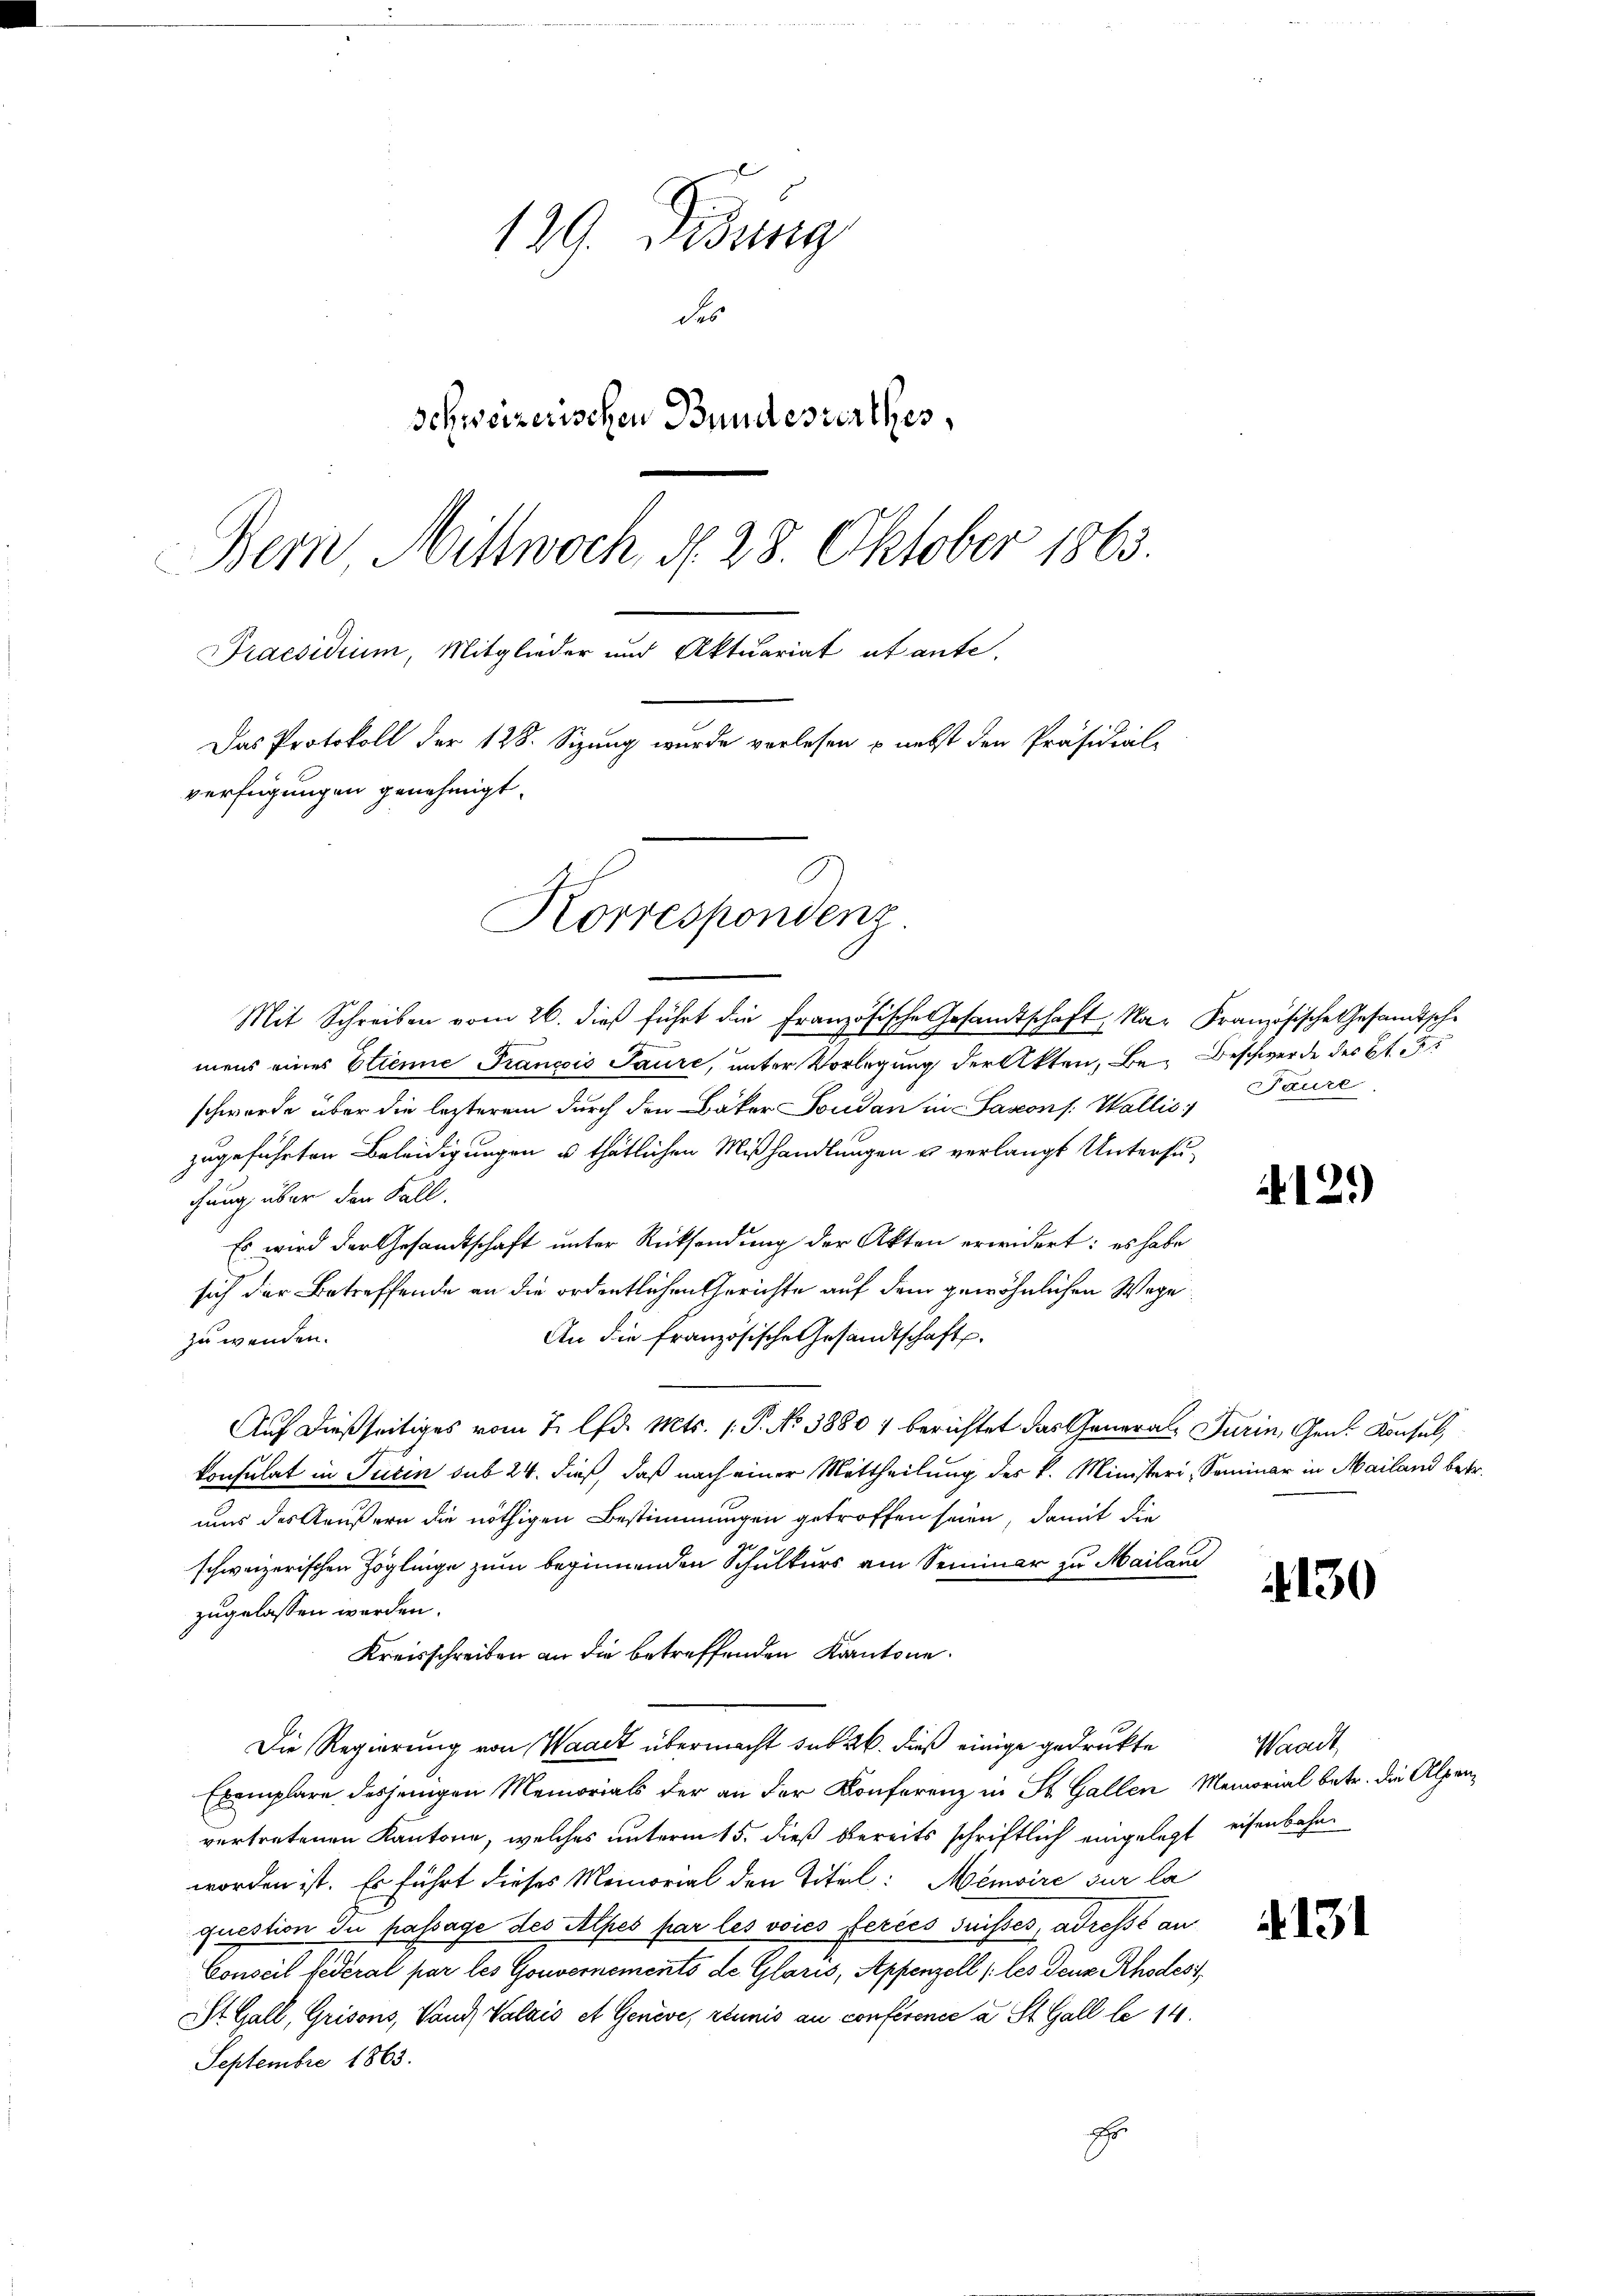
129. Didung
des
Schweizerischen Bundesterthes,
Bern Mittwoch §. 28. Oktober 1863.
Praesidium, Mitglieder und Aktuariat utante.
Das Protokoll der 128. Sizung wurde verlesen & nebst den Präsidial-
verfügungen genehmigt.
Korrespondenz

Mit Schreiben vom 26. dieß führt die Französische Gesandtschaft, Na- Französische Gesandtsche
mens eines Etienne Francois Paure, unter Vorlegung der Akten, Be- Beschwerde des St. Pr
schwerde über die lezterem durch den Bäker Soudan in Sascons: Wallis
zugeführten Beleidigungen u thätlichen Mißhandlungen u verlangt Untersuchung über den Fall.
Es wird der Gesandtschaft unter Rücksendung der Akten erwidert: es habe
sich der Betreffende an die ordentlichen Gerichte auf dem gewöhnlichen Wege¬
An die französische Gesandtschaft.
zu wenden.
Auf dießseitiges vom 2. lfd. Mts. 1. P. No 38807 berichtet das Generals Turin, Gen. Konsul
konsulat in Turin sub 24. dieß, daß nach einer Mittheilung des k. Ministeri, Seminar in Mailand betr.
ums des Aeußern die nöthigen Bestimmungen getroffen seien, damit die
schweizerischen Zöglinge zum beginnenden Schulkurs am Seminar zu Mailand
zugelassen werden.
Kreisschreiben an die betreffenden Kantone.
Die Regierung von Waadt übermacht sub 26. dieß einige gedrukte
Exemplare desjenigen Memorials der an der Konferenz in St. Gallen Memorial betr. die Alpenvertretenen Kantone, welches unterm 15. dieß bereits schriftlich eingelegt eisenbahnworden ist. Er führt dieses Memorial den Titel: Memoire sur la
question du passage des Alpes par les voies fercés suisses, adresse an
Conseil federat par les Gouvernements de Glaris, Appenzell (les deux Rhodess
St. Gall, Grisons, Vand, Valais et Genève, réunis au conférence a St. Gall le 14.
Septembre 1863.
A

Faure

121)

1130

Waadt,

13